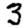
Digit: 3